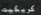
كريكيت